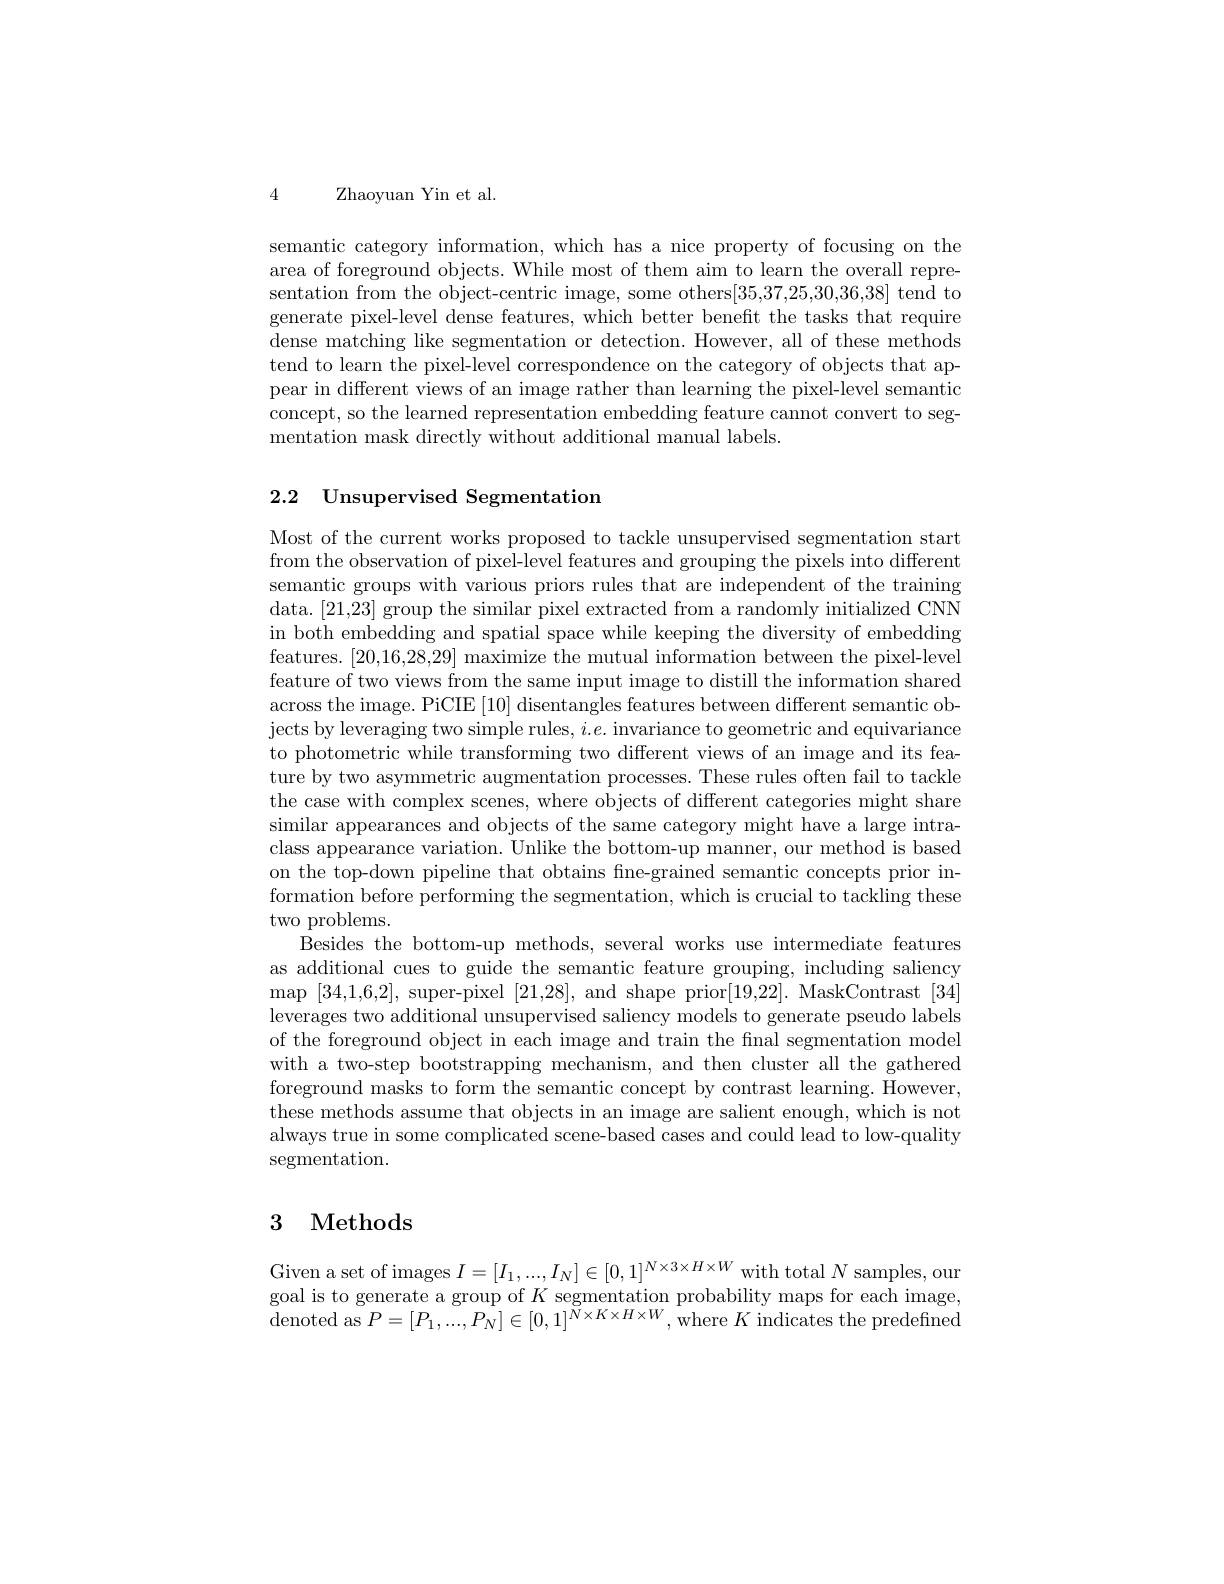
4 Zhaoyuan Yin et al.

semantic category information, which has a nice property of focusing on the area of foreground objects. While most of them aim to learn the overall representation from the object-centric image, some others[35,37,25,30,36,38] tend to generate pixel-level dense features, which better benefit the tasks that require dense matching like segmentation or detection. However, all of these methods tend to learn the pixel-level correspondence on the category of objects that appear in different views of an image rather than learning the pixel-level semantic concept, so the learned representation embedding feature cannot convert to segmentation mask directly without additional manual labels.

## 2.2 Unsupervised Segmentation

Most of the current works proposed to tackle unsupervised segmentation start from the observation of pixel-level features and grouping the pixels into different semantic groups with various priors rules that are independent of the training data. [21,23] group the similar pixel extracted from a randomly initialized CNN in both embedding and spatial space while keeping the diversity of embedding features. [20,16,28,29] maximize the mutual information between the pixel-level feature of two views from the same input image to distill the information shared across the image. PiCIE [10] disentangles features between different semantic objects by leveraging two simple rules, $i.e.$ invariance to geometric and equivariance to photometric while transforming two different views of an image and its feature by two asymmetric augmentation processes. These rules often fail to tackle the case with complex scenes, where objects of different categories might share similar appearances and objects of the same category might have a large intraclass appearance variation. Unlike the bottom-up manner, our method is based on the top-down pipeline that obtains fne-grained semantic concepts prior information before performing the segmentation, which is crucial to tackling these two problems.
Besides the bottom-up methods, several works use intermediate features as additional cues to guide the semantic feature grouping, including saliency map [34,1,6,2], super-pixel [21,28], and shape prior[19,22]. MaskContrast [34] leverages two additional unsupervised saliency models to generate pseudo labels of the foreground object in each image and train the fnal segmentation model with a two-step bootstrapping mechanism, and then cluster all the gathered foreground masks to form the semantic concept by contrast learning. However, these methods assume that objects in an image are salient enough, which is not always true in some complicated scene-based cases and could lead to low-quality segmentation.

# 3 Methods

Given a set of images $I=[I_1,...,I_N]\in[0,1]^{N\times3\times H\times W}$ with total $N$ samples, our goal is to generate a group of $K$ segmentation probability maps for each image, ${\mathrm{denoted~as~}}P=[P_{1},...,P_{N}]\in[0,1]^{\breve{N}\times K\times H\times W},{\mathrm{where~}}K{\mathrm{~indicates~the~predefined}}$